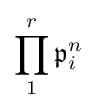
\prod _{1}^{r}{\mathfrak {p}}_{i}^{n}